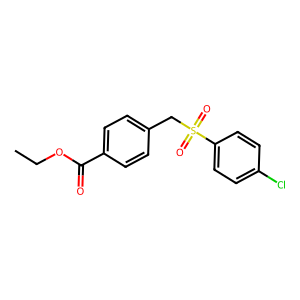
SMILES: CCOC(=O)c1ccc(CS(=O)(=O)c2ccc(Cl)cc2)cc1
Inhibits HIV replication: No